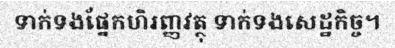
ទាក់ទងផ្នែកហិរញ្ញវត្ថុ ទាក់ទងសេដ្ឋកិច្ច។